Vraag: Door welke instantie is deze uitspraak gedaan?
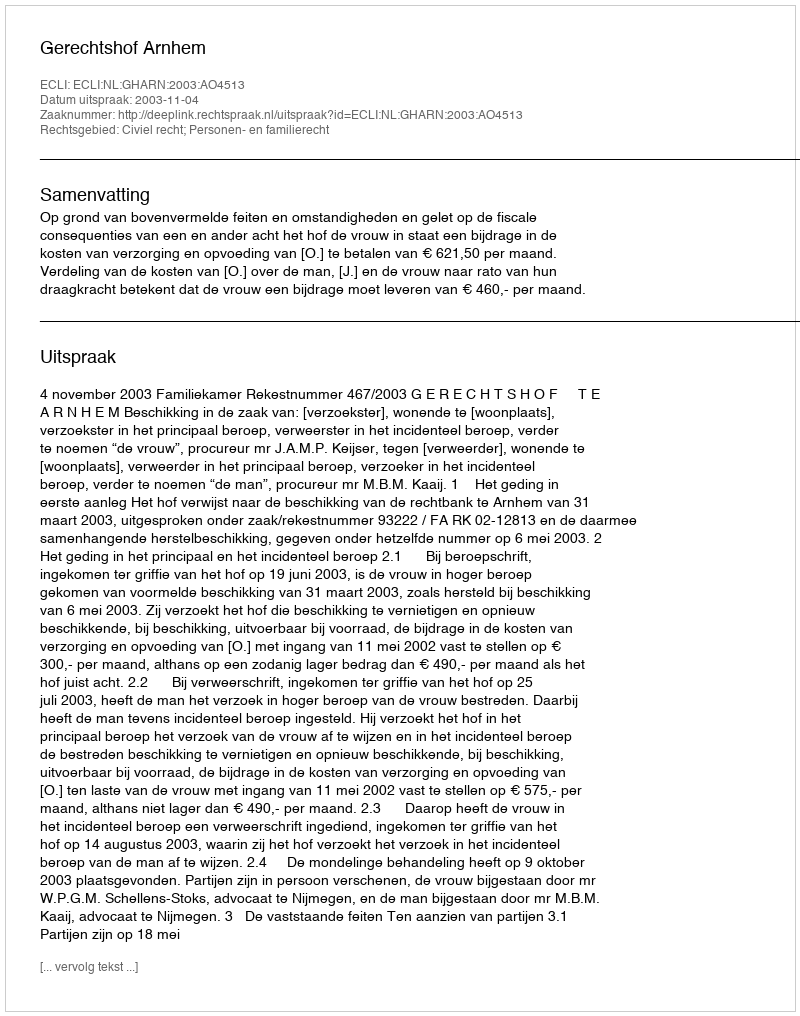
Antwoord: Gerechtshof Arnhem